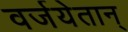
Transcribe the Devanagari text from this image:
वर्जयेतान्